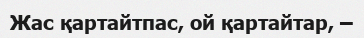
Жас қартайтпас, ой қартайтар, –